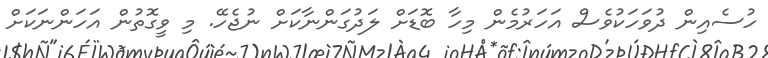
ހުސެއިން ދުވަހަކުވެސް އަހަރުމެން މިހާ ބޮޑަށް ލަދުގަންނާކަށް ނުޖެހޭ. މި ވީގޮތުން އަހަންނަކަށް